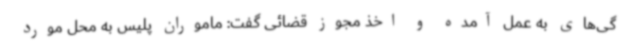
گی‌های به عمل آمده و اخذ مجوز قضائی گفت: ماموران پلیس به محل مورد